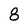
Character: 8